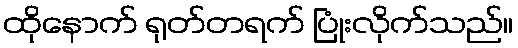
ထိုနောက် ရုတ်တရက် ပြုံးလိုက်သည်။